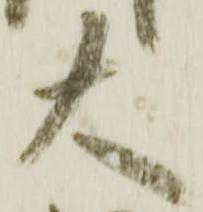
大